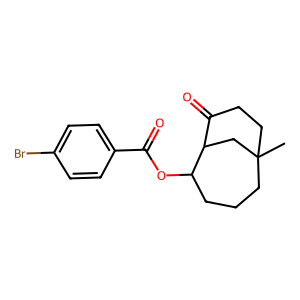
SMILES: CC12CCCC(OC(=O)c3ccc(Br)cc3)C(C1)C(=O)CC2
Inhibits HIV replication: No